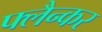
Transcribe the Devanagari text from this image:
फ्लैन्कर